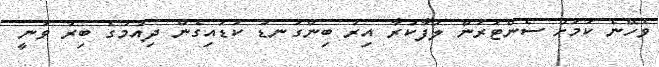
ވެހޭނެ ކަމަށް ސެންޓަރުން ލަފާކުރާ އިރު ބިންގަނޑު ކަޑައިގެން ދިއުމުގެ ބިރު ވަނީ